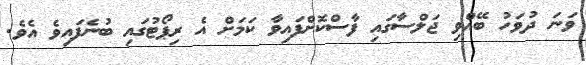
ވަނަ ދުވަހު ބޭއްވި ޖަލްސާގައި ފާސްކޮށްފައިވާ ކަމަށް އެ ރިޕޯޓުގައި ބުނެފައިވެ އެވެ.